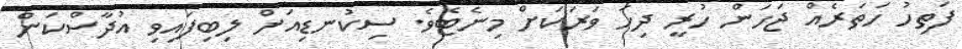
ފަތިހު ހަތަރެއް ޖަހަން ހުރީ ދިހަ ވަރަކަށް މިނެޓެވެ. ސިކުނޑިއަށް ލިބިފައިވި އުދާސްކަން